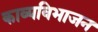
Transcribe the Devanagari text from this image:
काव्यविभाजन